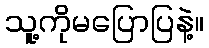
သူ့ကိုမပြောပြနဲ့။